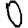
Digit: 0